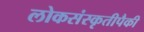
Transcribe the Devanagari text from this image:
लोकसंस्कृतीपैकी